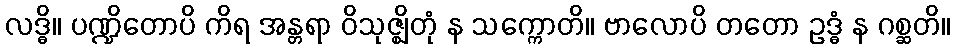
လဒ္ဓိ။ ပဏ္ဍိတောပိ ကိရ အန္တရာ ဝိသုဇ္ဈိတုံ န သက္ကောတိ။ ဗာလောပိ တတော ဥဒ္ဓံ န ဂစ္ဆတိ။